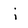
Character: j